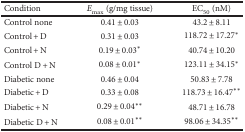
<table><thead><tr><td><b>Condition</b></td><td><b><i>E</i><sub>max</sub> (g/mg tissue)</b></td><td><b>EC<sub>50</sub> (nM)</b></td></tr></thead><tbody><tr><td>Control none</td><td>0.41 ± 0.03</td><td>43.2 ± 8.11</td></tr><tr><td>Control + D</td><td>0.31 ± 0.03</td><td>118.72 ± 17.27<sup>∗</sup></td></tr><tr><td>Control + N</td><td>0.19 ± 0.03<sup>∗</sup></td><td>40.74 ± 10.20</td></tr><tr><td>Control D + N</td><td>0.08 ± 0.01<sup>∗</sup></td><td>123.11 ± 34.15<sup>∗</sup></td></tr><tr><td>Diabetic none</td><td>0.46 ± 0.04</td><td>50.83 ± 7.78</td></tr><tr><td>Diabetic + D</td><td>0.33 ± 0.08</td><td>118.73 ± 16.47<sup>∗∗</sup></td></tr><tr><td>Diabetic + N</td><td>0.29 ± 0.04<sup>∗∗</sup></td><td>48.71 ± 16.78</td></tr><tr><td>Diabetic D + N</td><td>0.08 ± 0.01<sup>∗∗</sup></td><td>98.06 ± 34.35<sup>∗∗</sup></td></tr></tbody></table>